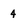
Character: 4